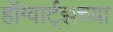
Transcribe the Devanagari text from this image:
हॉग्वार्ट्झच्या